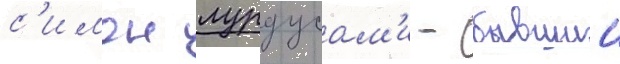
с'имон лурдусам'и - бывшии